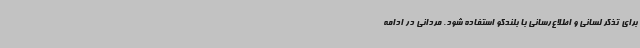
برای تذکر لسانی و اطلاع‌رسانی با بلندگو استفاده شود. مردانی در ادامه